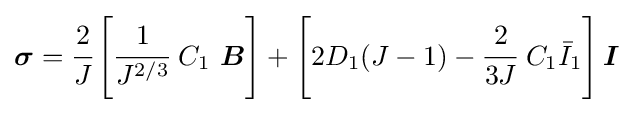
{\boldsymbol {\sigma }}={\cfrac {2}{J}}\left[{\cfrac {1}{J^{2/3}}}~C_{1}~{\boldsymbol {B}}\right]+\left[2D_{1}(J-1)-{\cfrac {2}{3J}}~C_{1}{\bar {I}}_{1}\right]{\boldsymbol {I}}